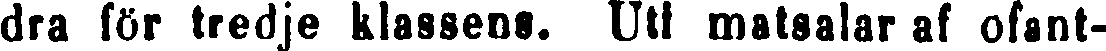
dra för tredje klassens. Uti matsalar af ofant-